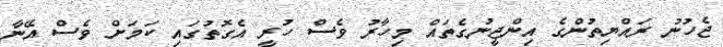
ޖެހުނު ރައްޔިތުންގެ އިންޖީނުގެތައް މިހާރު ވެސް ހުރީ އެގޮތުގައި ކަމަށް ވެސް އޭނާ